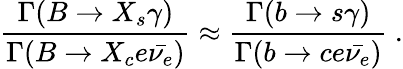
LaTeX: \frac{\Gamma(B\to X_{s}\gamma)}{\Gamma(B\to X_{c}e\bar{\nu_{e}})}\approx\frac{\Gamma(b\to s\gamma)}{\Gamma(b\to ce\bar{\nu_{e}})}\ .